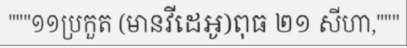
"""១១ប្រកួត (មានវីដេអូ)ពុធ ២១ សីហា,"""